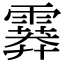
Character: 𩅁